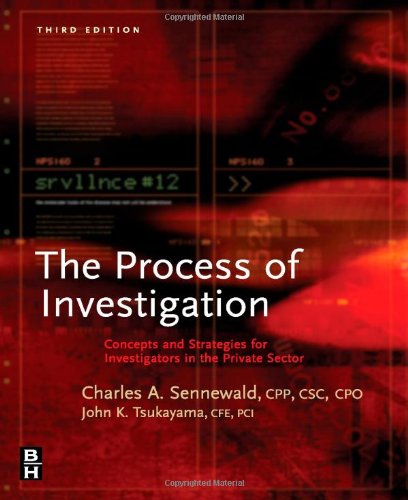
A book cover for Process of Investigation, Third Edition: Concepts and Strategies for Investigators in the Private Sector; Charles A. Sennewald CPP; Business & Money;